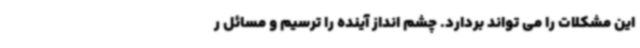
این مشکلات را می تواند بردارد. چشم انداز آینده را ترسیم و مسائل ر